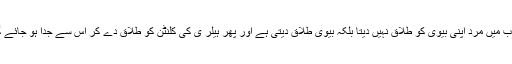
مغرب میں مرد اپنی بیوی کو طلاق نہیں دیتا بلکہ بیوی طلاق دیتی ہے اور پھر ہیلر ی کی کلنٹن کو طلاق دے کر اس سے جدا ہو جائے گی ۔